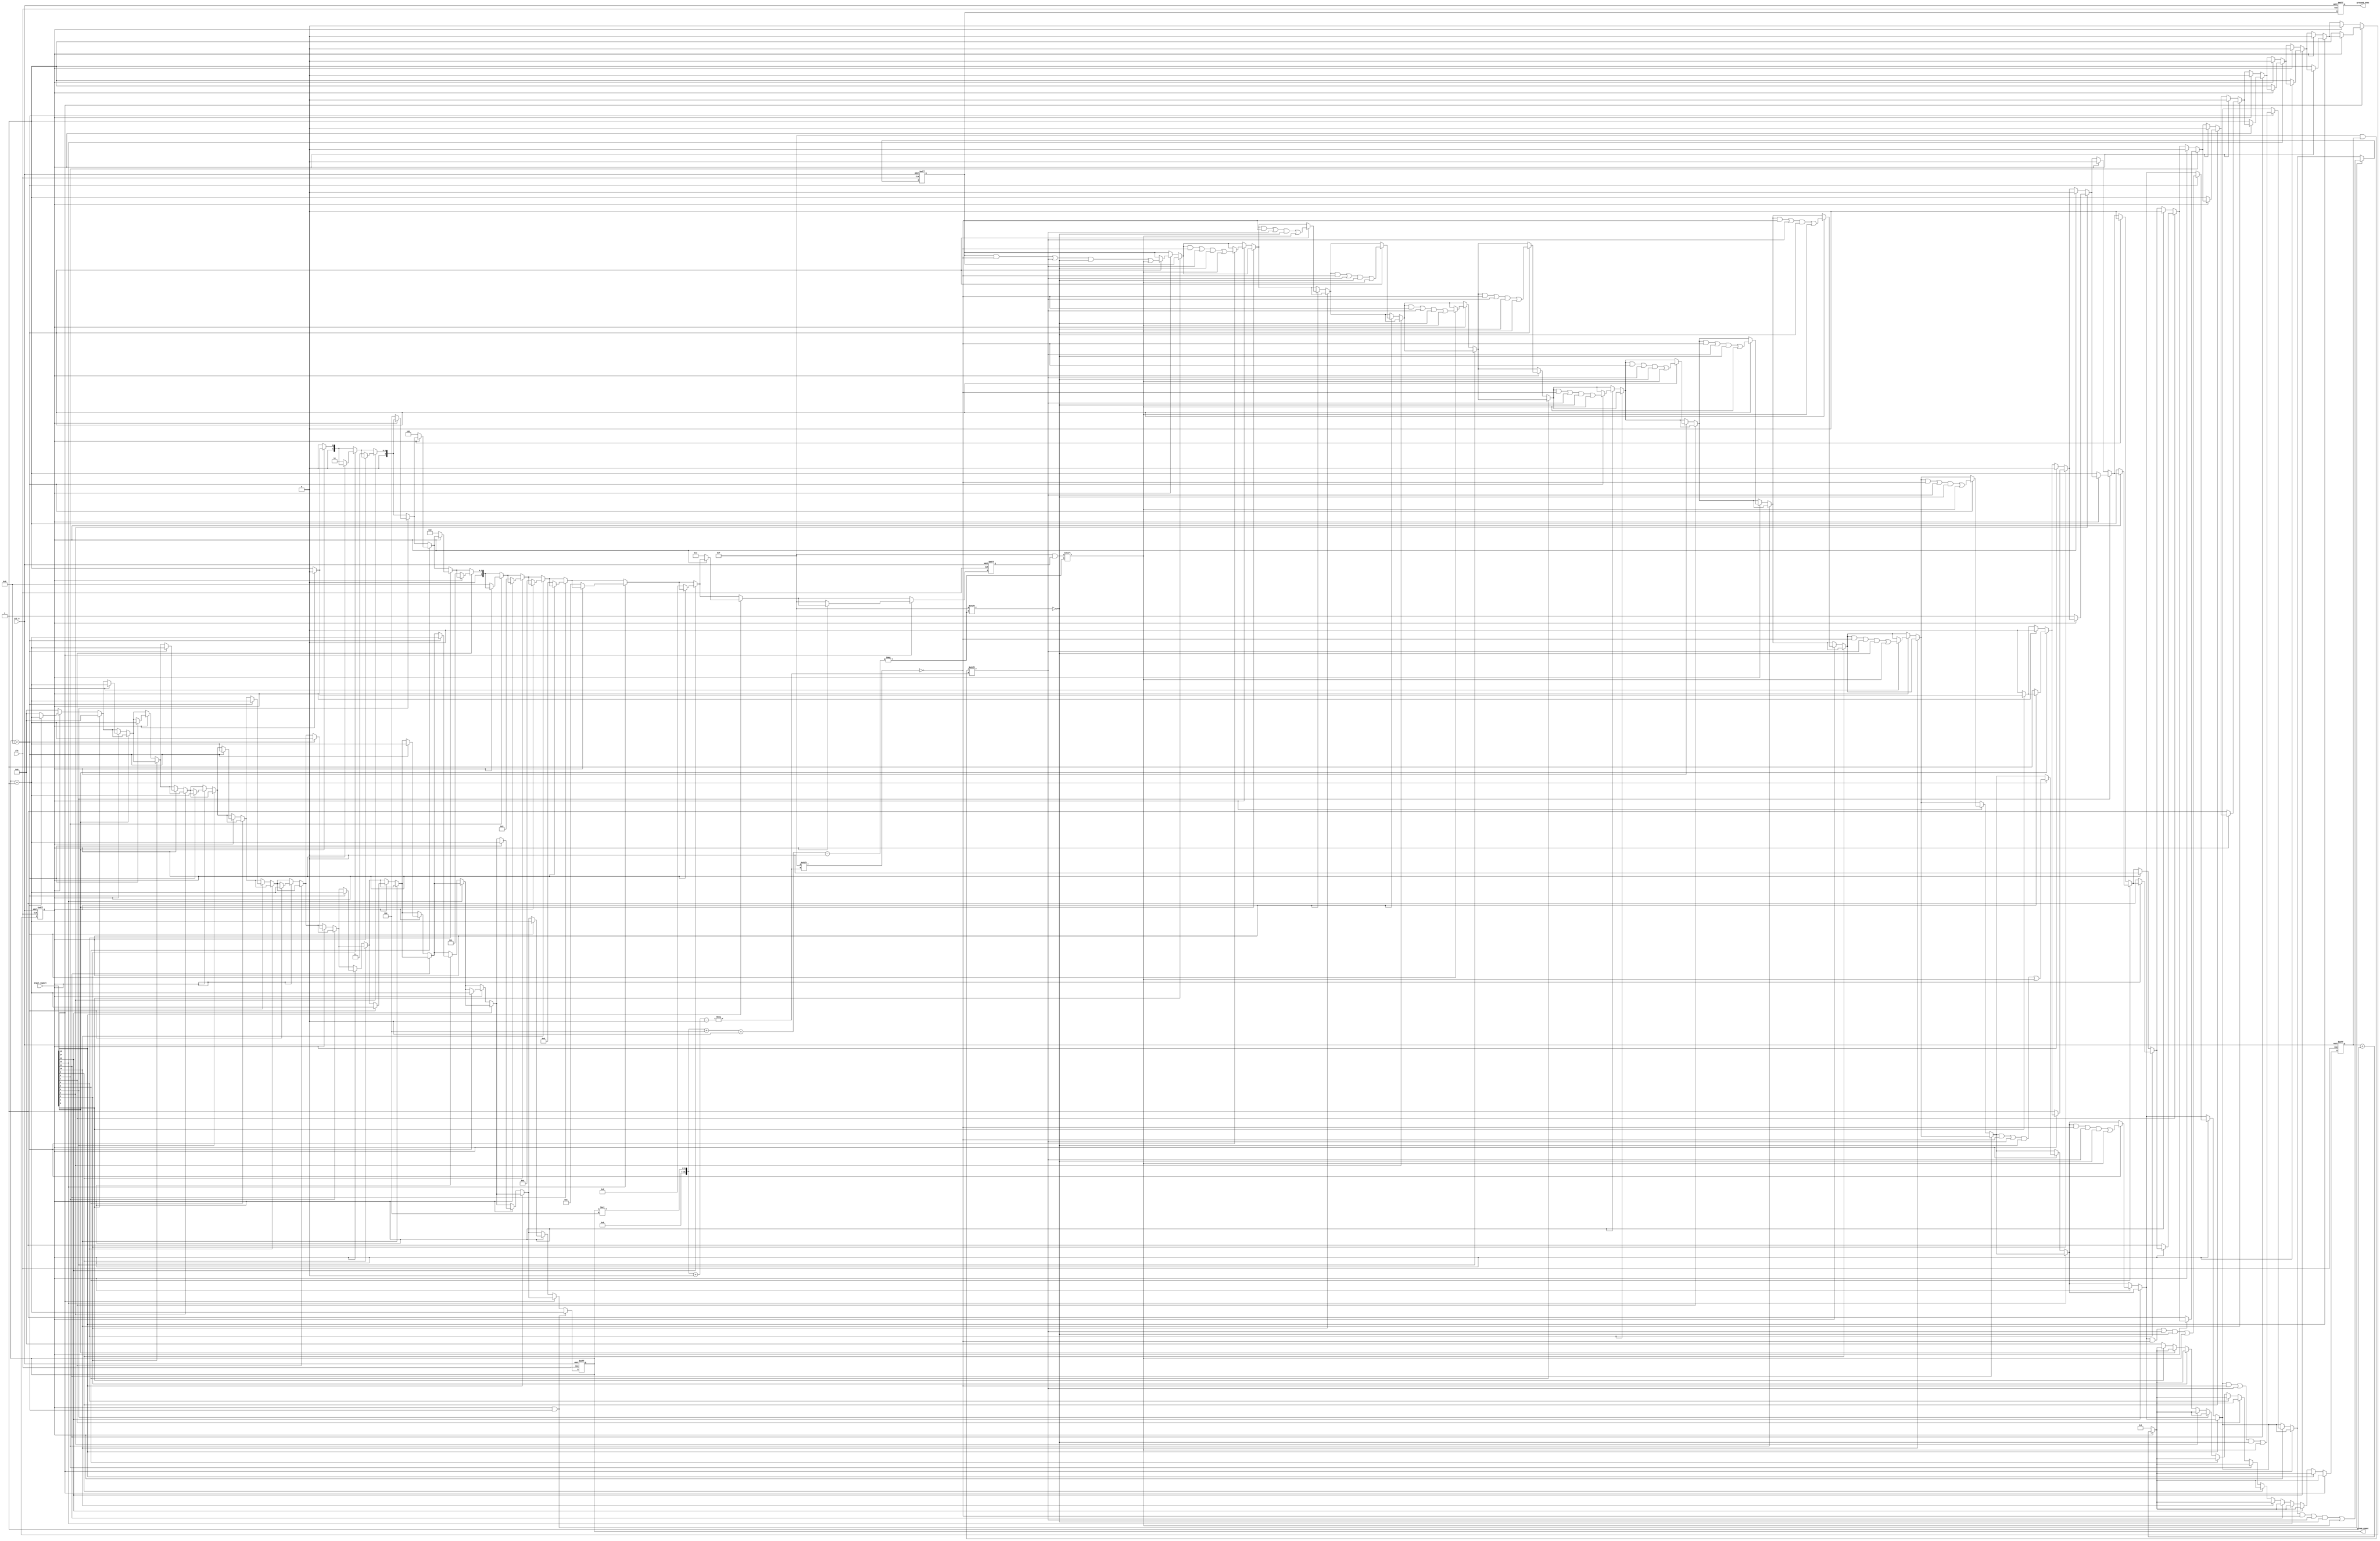
module grouping_of_ones #(
    parameter N = 16,  // Length of the input vector
    parameter MAX_GROUPS = 8  // Maximum number of groups to track
)(
    input wire clk,
    input wire rst_n,
    input wire [N-1:0] input_signal,
    output reg [N-1:0] grouped_ones,  // Output vector indicating positions and lengths of groups
    output reg [3:0] group_count  // Number of groups found
);

    reg [N-1:0] temp_grouped_ones; // Temporary storage for groups
    reg [3:0] current_length;        // Length of the current group
    reg [3:0] current_position;      // Starting position of the current group
    reg in_group;                    // Indicates if currently in a group of 1s

    integer i;

    always @(posedge clk or negedge rst_n) begin
        if (!rst_n) begin
            grouped_ones <= 0;
            group_count <= 0;
            temp_grouped_ones <= 0;
            current_length <= 0;
            current_position <= 0;
            in_group <= 0;
        end else begin
            // Reset outputs for new calculations
            grouped_ones <= 0;
            group_count <= 0;
            current_length <= 0;
            current_position <= 0;
            in_group <= 0;

            // Iterate through the input signal
            for (i = 0; i < N; i = i + 1) begin
                if (input_signal[i] == 1) begin
                    if (!in_group) begin
                        // Starting a new group
                        in_group <= 1;
                        current_position <= i;
                        current_length <= 1;
                    end else begin
                        // Continuing the current group
                        current_length <= current_length + 1;
                    end
                end else begin
                    if (in_group) begin
                        // Ending a group of 1s
                        if (group_count < MAX_GROUPS) begin
                            temp_grouped_ones[(group_count * 4) +: 4] <= current_length; // Store length
                            temp_grouped_ones[(group_count * 4) + 4 +: 4] <= current_position; // Store position
                            group_count <= group_count + 1;
                        end
                        in_group <= 0; // Reset group status
                    end
                end
            end

            // Handle case where the input ends with a group of 1s
            if (in_group && group_count < MAX_GROUPS) begin
                temp_grouped_ones[(group_count * 4) +: 4] <= current_length;
                temp_grouped_ones[(group_count * 4) + 4 +: 4] <= current_position;
                group_count <= group_count + 1;
            end

            // Assign the computed groups to the output
            grouped_ones <= temp_grouped_ones;
        end
    end

endmodule